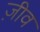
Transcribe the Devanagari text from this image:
ज़ीव